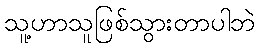
သူ့ဟာသူဖြစ်သွားတာပါဘဲ